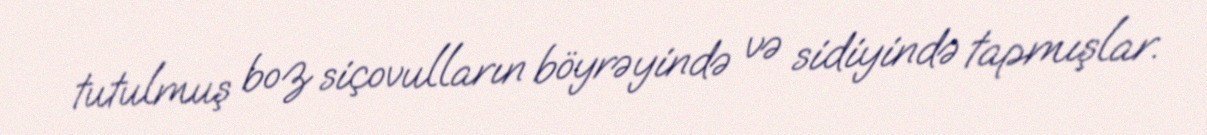
tutulmuş boz siçovulların böyrəyində və sidiyində tapmışlar.